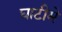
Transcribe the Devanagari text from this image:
घाटीमे